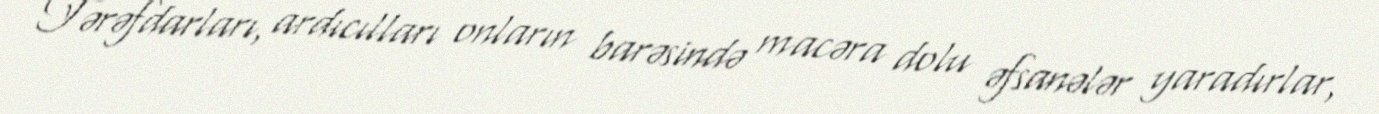
Tərəfdarları, ardıcılları onların barəsində macəra dolu əfsanələr yaradırlar,